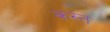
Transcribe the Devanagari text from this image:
कस्त